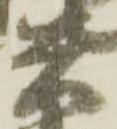
兵